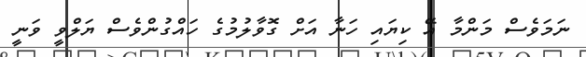
ނަމަވެސް މަންމާ އޭ ކިޔައި ހަނާ އަށް ގޮވާލުމުގެ ހައްގުންވެސް ޔަލްވީ ވަނީ